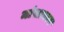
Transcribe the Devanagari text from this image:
मांसाभाव